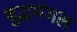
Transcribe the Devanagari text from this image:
बुद्धमंगल